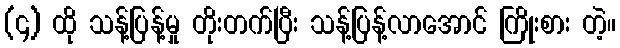
(၄) ထို သန့်ပြန့်မှု တိုးတက်ပြီး သန့်ပြန့်လာအောင် ကြိုးစား တဲ့။